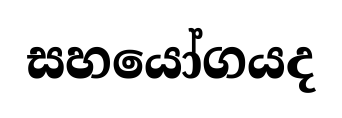
සහයෝගයද